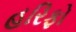
હરિફો